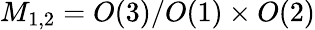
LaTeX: M_{1,2}=O(3)/O(1)\times O(2)